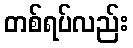
တစ်ရပ်လည်း